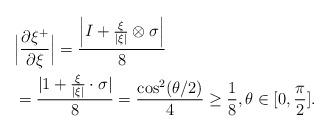
LaTeX: \begin{align*}&\Big|\frac{\partial \xi^+}{\partial \xi} \Big|=\frac{ \Big|I+ \frac{\xi}{|\xi|}\otimes\sigma\Big|} {8}\\& =\frac{|1+ \frac{\xi}{|\xi|}\cdot\sigma|}{8}=\frac{\cos^2(\theta/2)}{4}\ge \frac{1}{8}, \theta\in [0,\frac{\pi}{2}]. \end{align*}